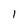
Character: 1